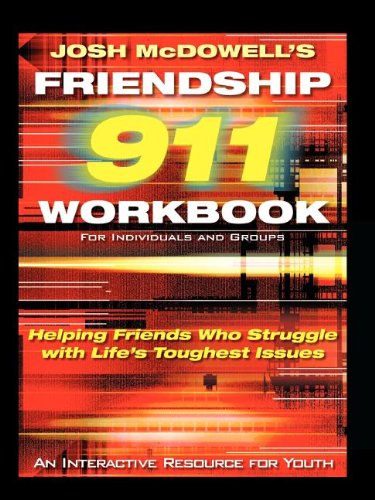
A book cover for Friendship 911 Helping Friends Who Struggle With Life's Toughest Issues; Josh McDowell; Teen & Young Adult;